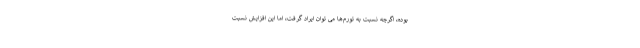
بوده، اگرچه نسبت به تورم‌ها می توان ایراد گرفت، اما این افزایش نسبت